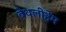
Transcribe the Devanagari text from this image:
बेथलीहेम